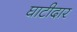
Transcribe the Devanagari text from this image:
घाटीदार